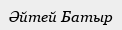
Әйтей Батыр